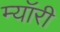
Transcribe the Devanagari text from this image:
म्यॉरी